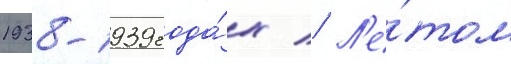
1938-1939 года́х // Л'е́том